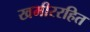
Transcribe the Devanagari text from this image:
खमीररहित